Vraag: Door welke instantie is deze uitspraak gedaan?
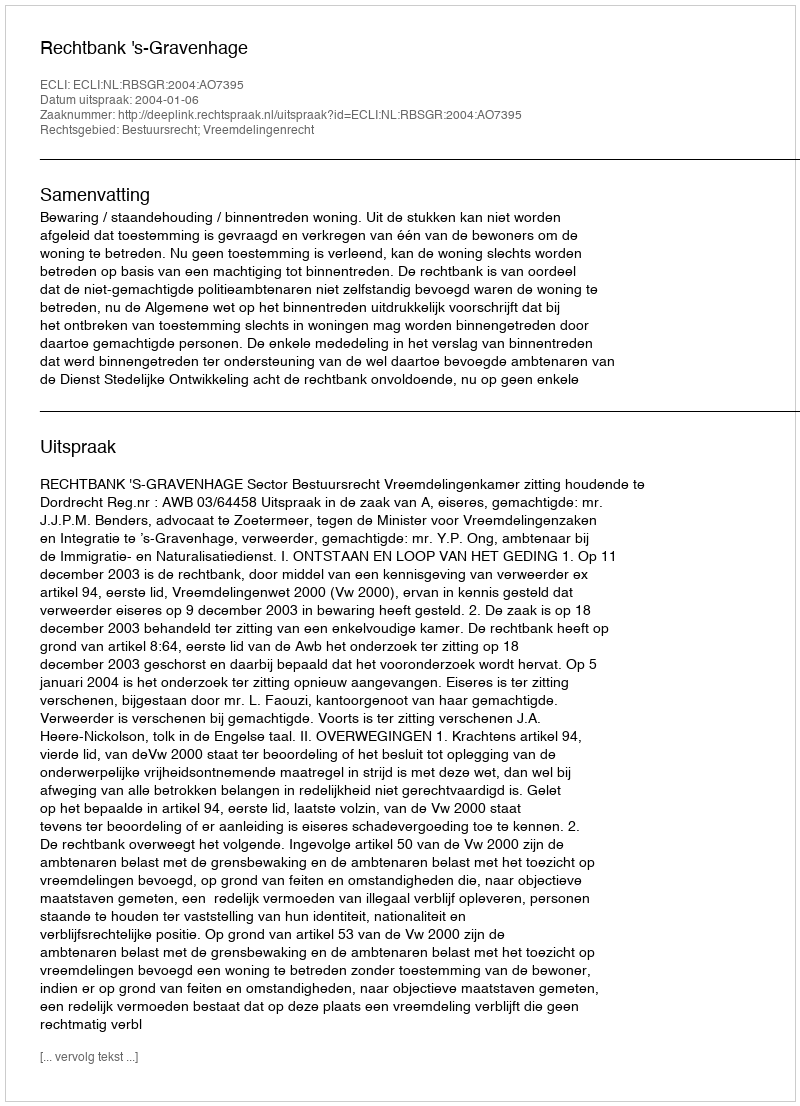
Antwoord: Rechtbank 's-Gravenhage